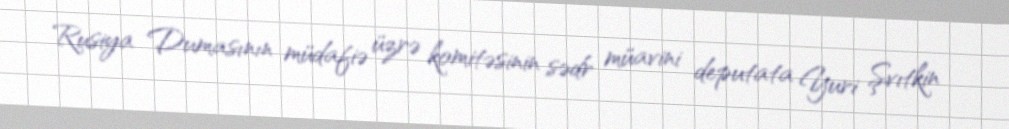
Rusiya Dumasının müdafiə üzrə komitəsinin sədr müavini deputata Yuri Şvıtkin